Bréfritari: Ásgeir Tryggvi Friðgeirsson
Viðtakandi: Einar Friðgeirsson
Dagsetning: A-1878-10-29
Skrifað á: Garði  S-Þing.
Ásgeir er bróðir Einars

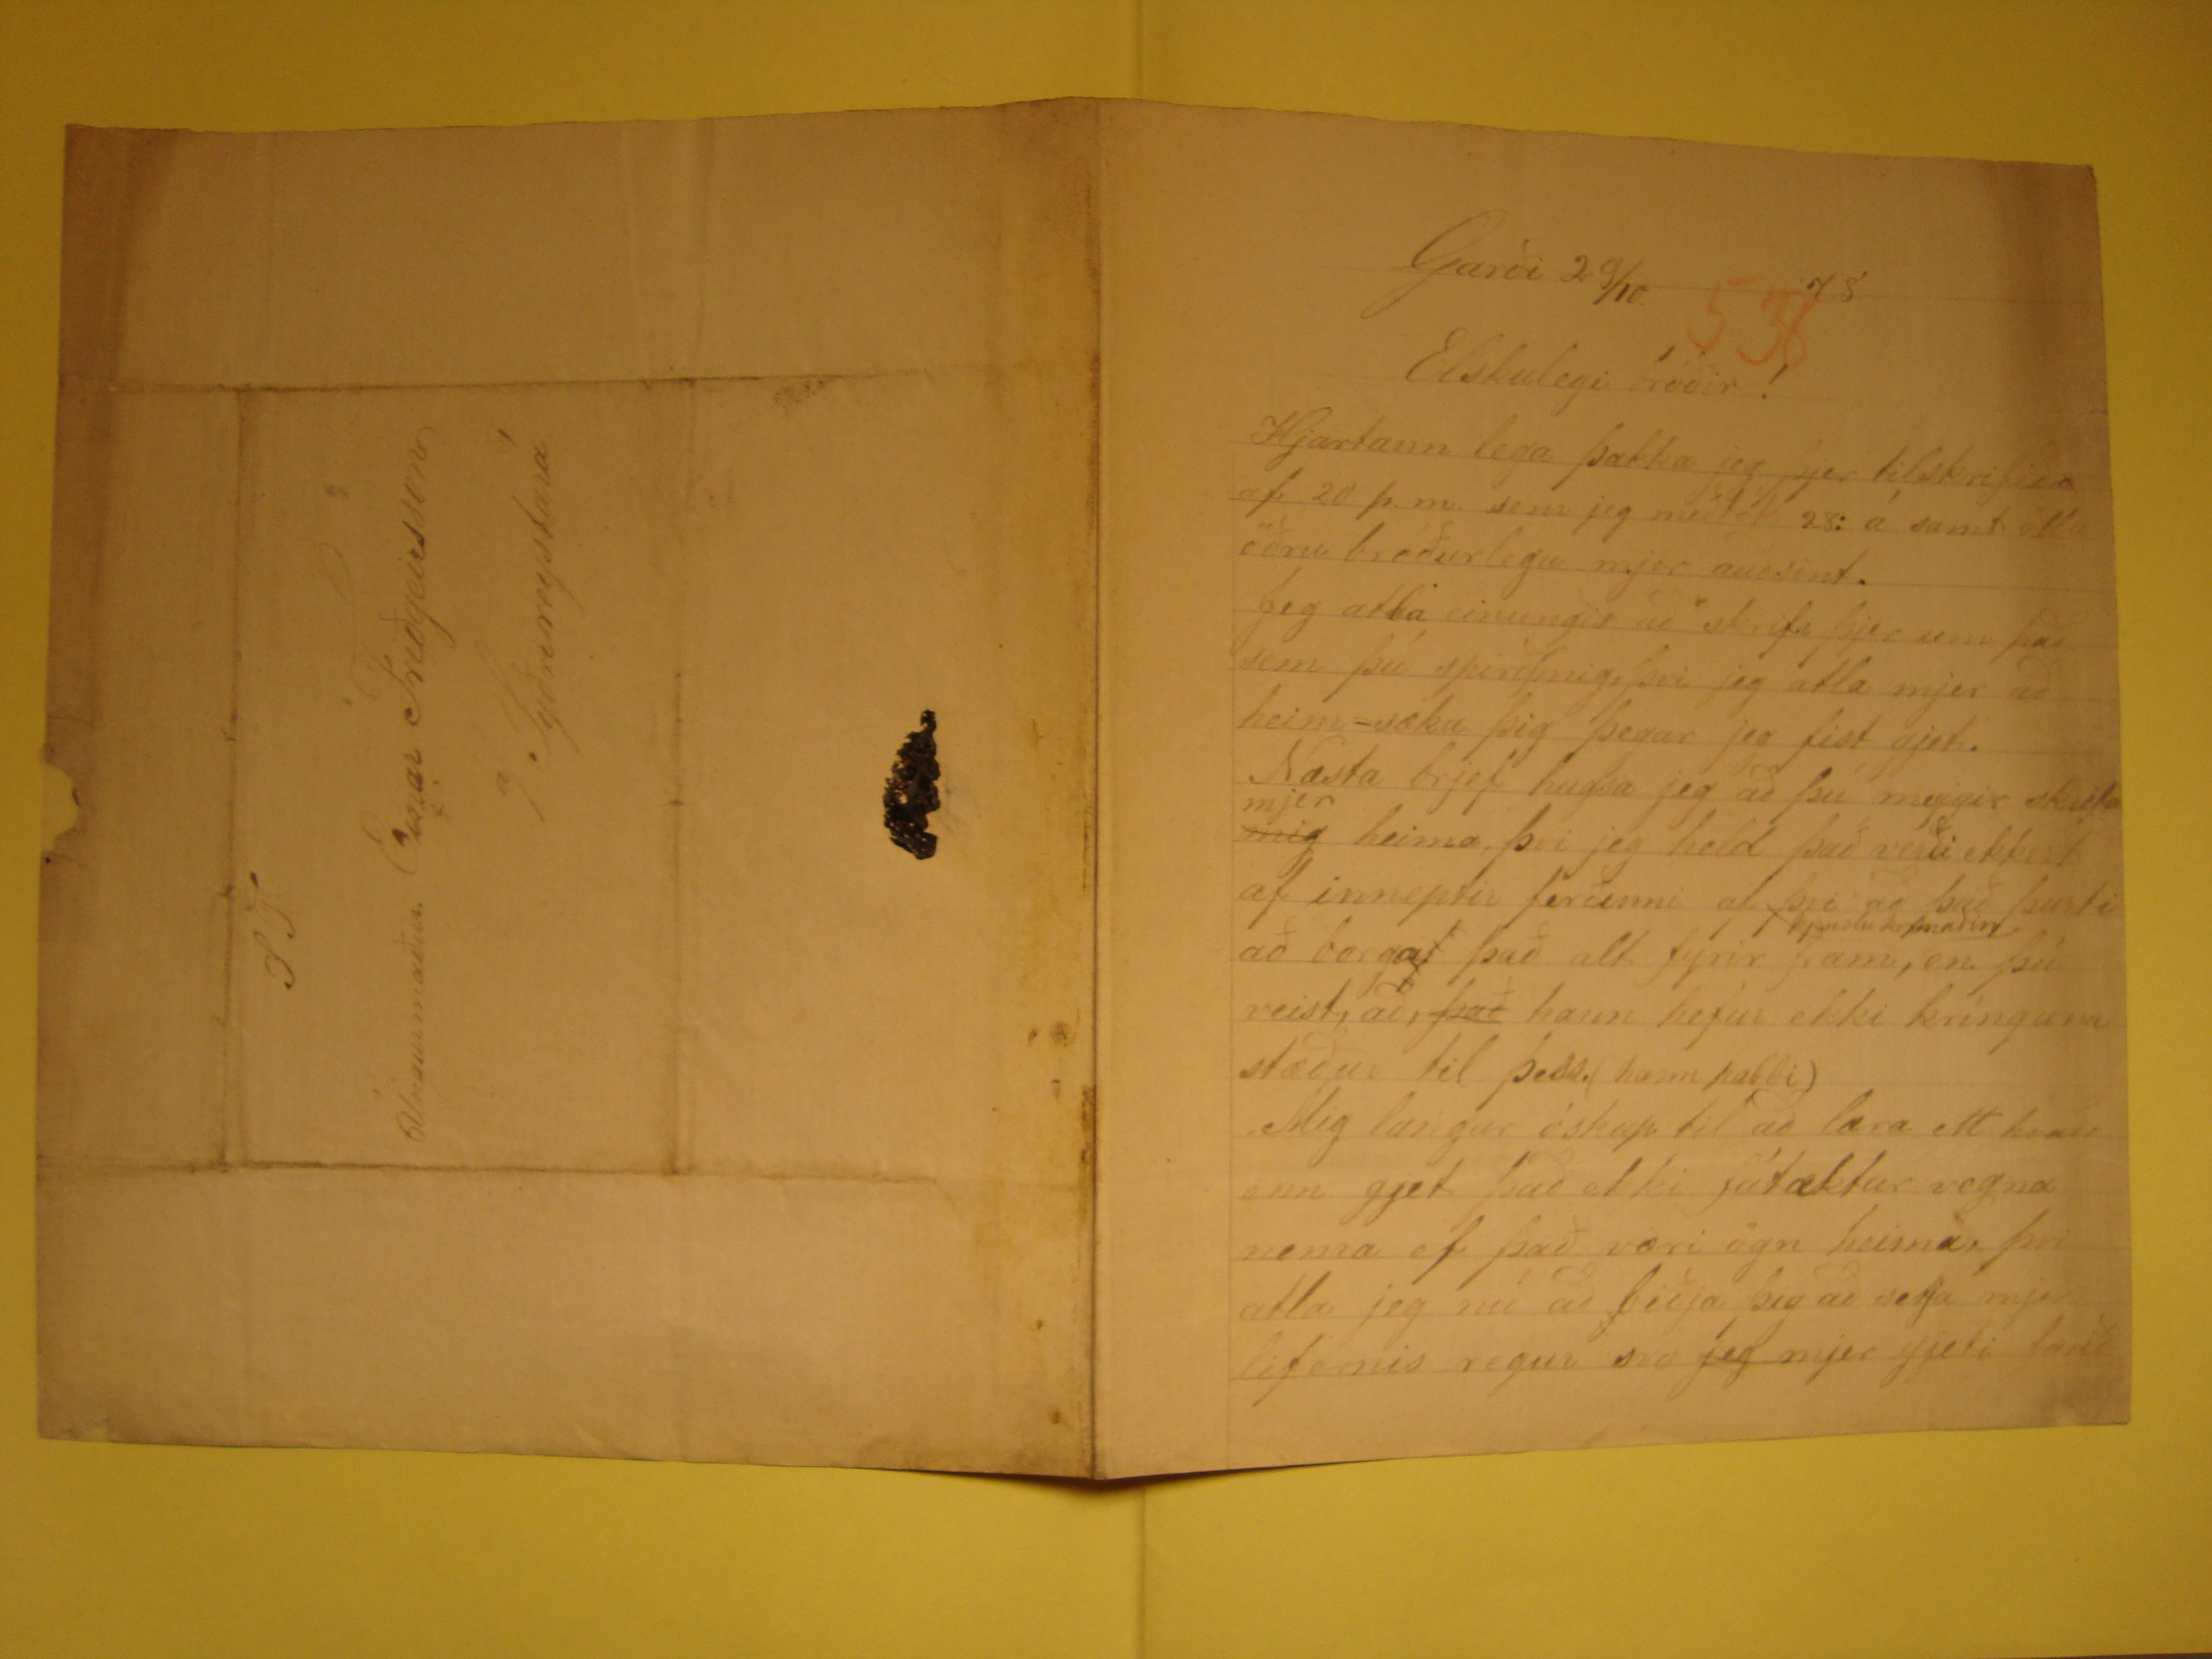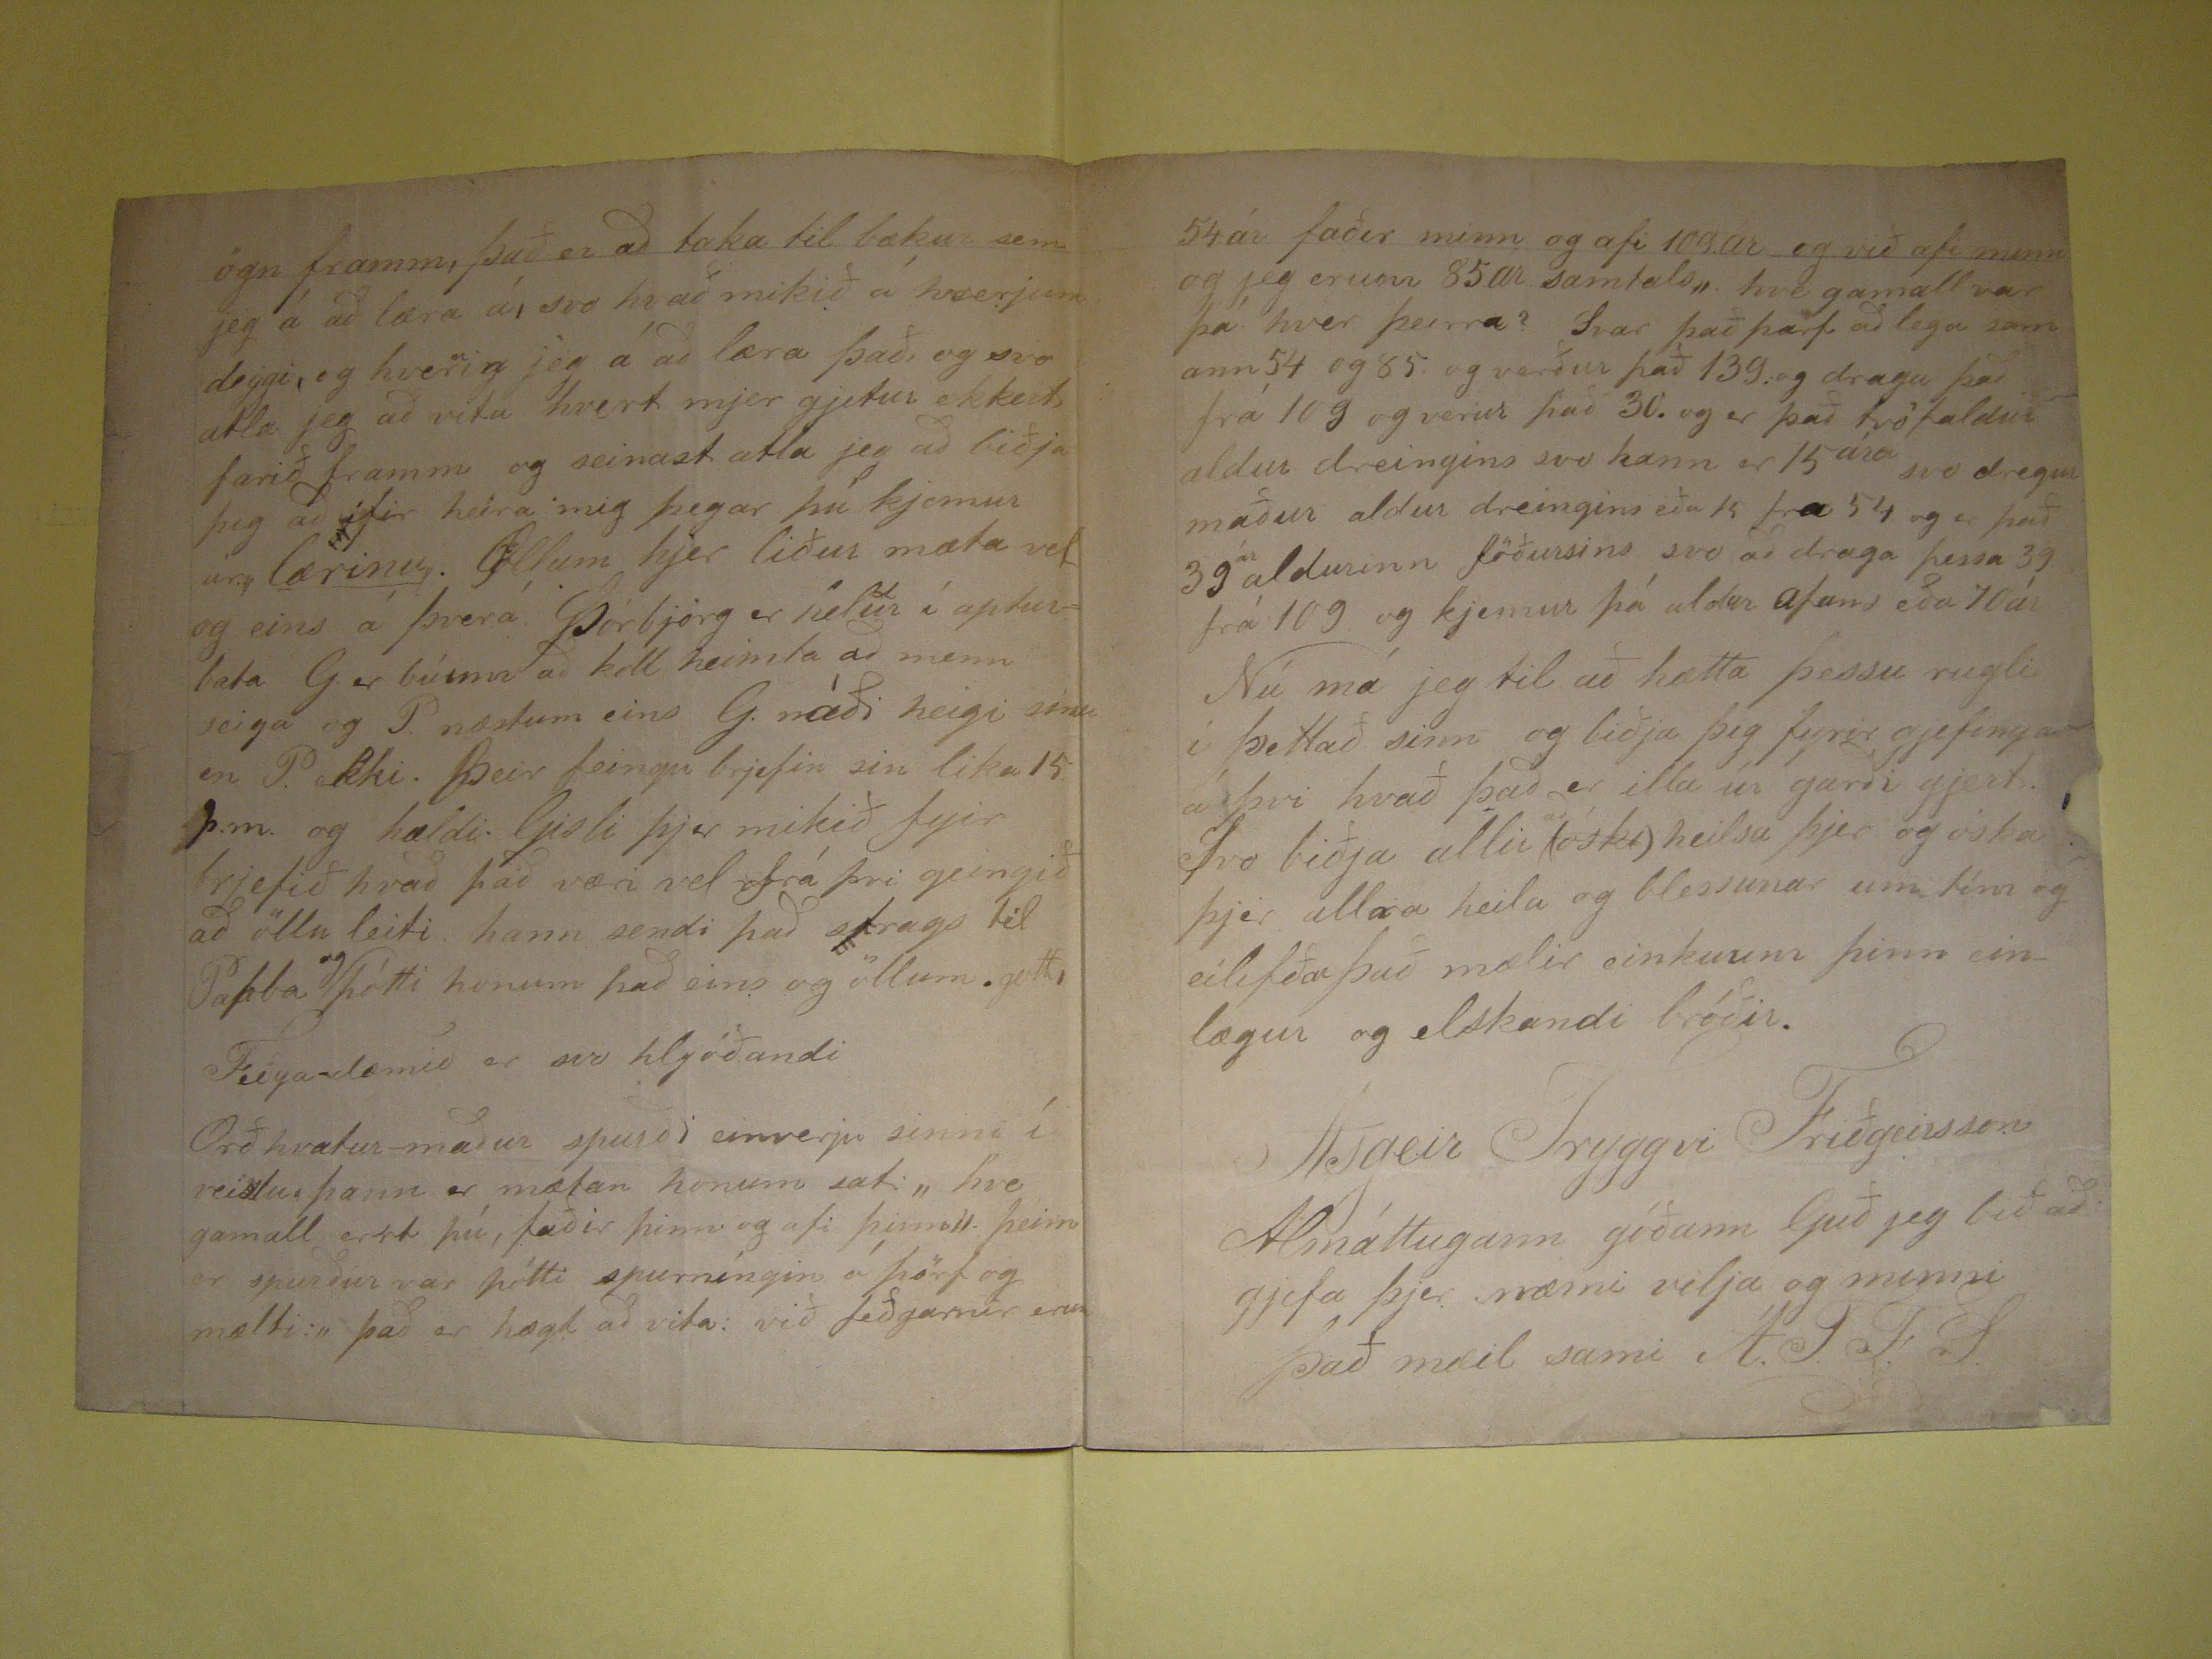

Garði 29/10. 78
Elskulegi bróðir!
Hjartann lega þakka jeg þjer tilskrifið af 20 þ.m. sem jeg meðtók 28: á samt öllu öðru bróðurlegu mjer auðsint. Jeg atla einungis að skrifa þjer um það sem þú
spirð|mig, þvi jeg atla mjer að heim-sæka þig þegar ejg fist gjet. Næsta brjef hugsa jeg að þú meggir skrifa
mig
mjer
heima, þvi jeg held það verði ekki / af inneptir ferðinni af þvi að það furti að borga
rend="overstrike">/
það alt fyrir fram,
þjonustu kofmalin
en þú veist, að,
það
hann hefur ekki kríngum stæður til þess. (hann pabbi) Mig langar óskup til að læra eitt hvað enn gjet það ekki
fátæktar vegna nema ef það væri ögn heima, þvi atla jeg nú að biðja þig að setja mjer lifernis regur svo
jeg
mjer
gjæti farið
ögn framm, það er að taka til bækur sem jeg á að læra á, svo hvað mikið á hverjum deggi, og hverig jeg á að læra það, og svo atla jeg að vita hvert mjer gjetur ekkert
farið framm og seinast atla jeg að biðja þig að ifir heira mig þegar þú kjemur úr
lærinu
. Öllum hjer liður mæta vel og eins á þverá
Þórbjörg er helur í apturbata G er búinn að koll heimta að menn seiga og P. næstum eins G. náði heigi sinu en P. ekki. Þeir feingu brjefin sin lika 15 þ.m. og hældi
Gisli þjer mikið fyrir brjefið hvað það væri vel frá þvi geingið að öllu leiti. hann sendi það strags til Pabba
og
þótti
honum það eins og öllum. gott,
Feðga-
unclear>dæmið er svo hljóðandi
Orð hvatur-maður spurði einverju sinni í reislu þann er mætan honum sæti "hve gamall errt þú, faðir þinn og afi þinn" þeim er spurður var þótti spurníngin
ó þörf og mælti:" það er hægt að vita: við feðgarnir eru
54 ár faðir minn og afi 109.ár og við afi minn og jeg erum 85 ár samtals". hve gamall ar þá hver þeirra? Svar það þarf að lega samann 54 og 85 og verður það
139. og draga það frá 109 og verður það 30. og er það tvöfaldur aldur dreingins svo hann er 15 ára svo dregur maður aldur dreingins eða 15 fra 54 og er það
39
ár
aldurinn föðurins svo að draga þessa 39 frá 109 og kjemur þá aldur afans eða 70 ár Nú má jeg til að hætta
þessu rugli í þettað sinn opg biðja þig fyrir gjefingar að þvi hvað það er illa úr garði gjert. Svo biðja allir
að
(
óska
) heilsa þjer og óska þjer allra heila og blessunar um tím og eilífðar það mælir einkuum þinn einlægur og
elskandi bróðir.
Ásgeir Tryggvi Friðgeirsson
Almáttugann góðann Guð jeg bið að gjefa þjer næmi vilja og minni það mæil sami Á.T.F.S
ST
Ungurmaður. Einar Friðgeirsson
á/ Syðrireystará